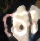
চো